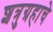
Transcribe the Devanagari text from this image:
शत्रुग्रहाचे